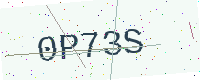
Text: 0P73S